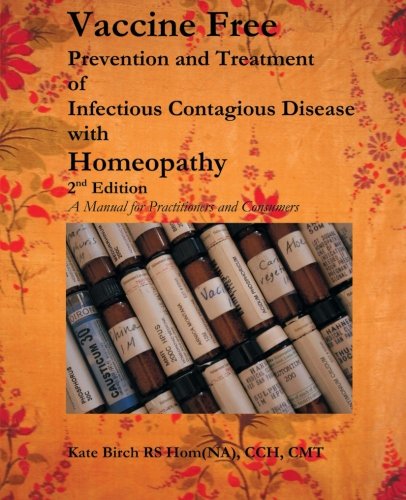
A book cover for Vaccine Free: Prevention and Treatment of Infectioius Contagious Disease with Homeopathy; Kate Birch; Health, Fitness & Dieting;